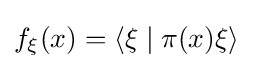
f_{\xi }(x)=\langle \xi \mid \pi (x)\xi \rangle